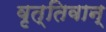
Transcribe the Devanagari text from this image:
वृत्तिवान्